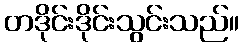
တဒိုင်းဒိုင်းသွင်းသည်။